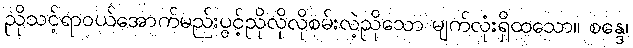
ညိုသင့်ရာဝယ်အောက်မည်းပွင့်ညိုလိုလိုစမ်းလဲ့ညိုသော မျက်လုံးရှိထသော။ စန္ဒေ၊